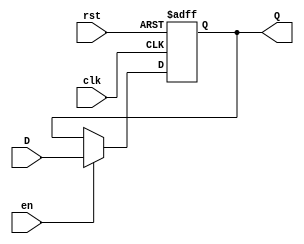
module InputRegister #(
    parameter WIDTH = 8  // Parameter for bit width of the register
)(
    input wire clk,       // Clock signal
    input wire rst,       // Reset signal (active high)
    input wire en,        // Enable signal (active high)
    input wire [WIDTH-1:0] D, // Input data lines
    output reg [WIDTH-1:0] Q  // Output data lines
);

// Synchronous process for capturing input data
always @(posedge clk or posedge rst) begin
    if (rst) begin
        Q <= {WIDTH{1'b0}}; // Asynchronous reset to 0
    end else if (en) begin
        Q <= D; // Capture input data on clock edge when enabled
    end
    // If not enabled, retain previous value of Q
end

endmodule